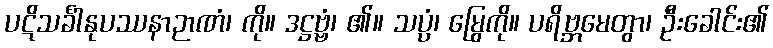
ပဋိသင်္ခါနုပဿနာဉာဏံ၊ ကို။ ဒဋ္ဌဗ္ဗံ၊ ၏။ သပ္ပံ၊ မြွေကို။ ပရိဗ္ဘမေတွာ၊ ဦးခေါင်း၏